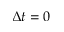
\Delta t = 0